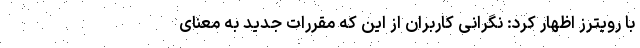
با رویترز اظهار کرد: نگرانی کاربران از این که مقررات جدید به معنای